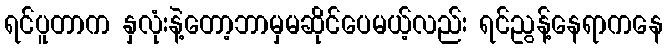
ရင်ပူတာက နှလုံးနဲ့တော့ဘာမှမဆိုင်ပေမယ့်လည်း ရင်ညွန့်နေရာကနေ